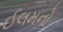
ઈલમનો